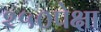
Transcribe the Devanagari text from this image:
२५०पेक्षा